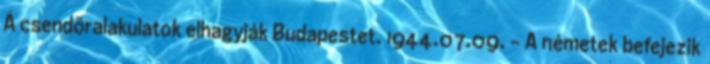
A csendõralakulatok elhagyják Budapestet. 1944.07.09. - A németek befejezik